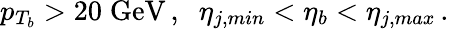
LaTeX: p_{T_{b}}>20\; \mathrm{GeV}\, ,\; \; \eta_{j,min}<\eta_{b}<\eta_{j,max}\, .